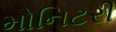
મોનિટરી